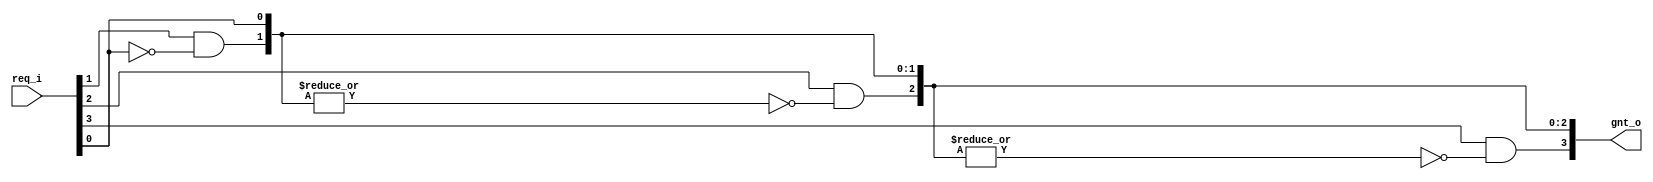
module arb_v1 #(parameter NUM_PORTS = 4)
(
    input  [NUM_PORTS-1:0] req_i,
    output [NUM_PORTS-1:0] gnt_o
);

//assign gnt_o = {{(NUM_PORTS - 1){1'b0}}, req_i[0]};
assign gnt_o[0] = req_i[0];

genvar i;
for (i = 1; i < NUM_PORTS; i = i + 1) begin
  assign gnt_o[i] = req_i[i] & ~(|gnt_o[i - 1:0]);
end

endmodule